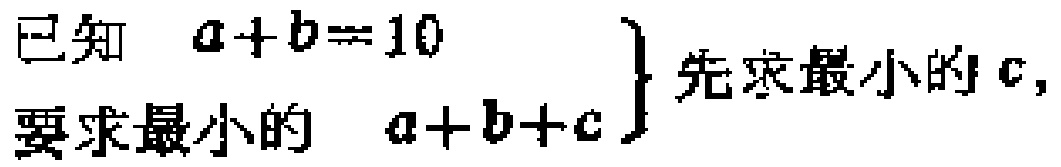
已知 \(a + b = 10\) \\
要求最小的 \(a + b + c\) \} 先求最小的 \(c\)